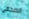
الصحفي